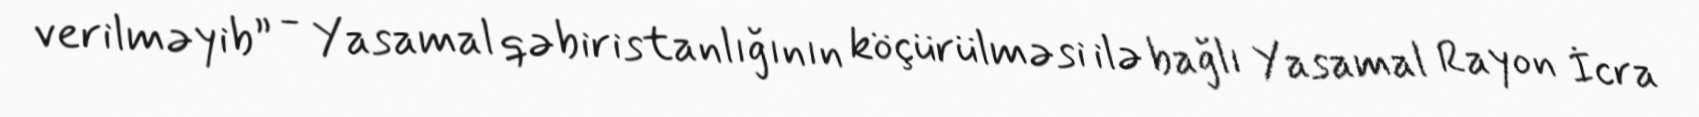
verilməyib” - Yasamal qəbiristanlığının köçürülməsi ilə bağlı Yasamal Rayon İcra